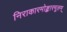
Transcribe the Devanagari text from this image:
निराकारमोङ्कारमूलम्